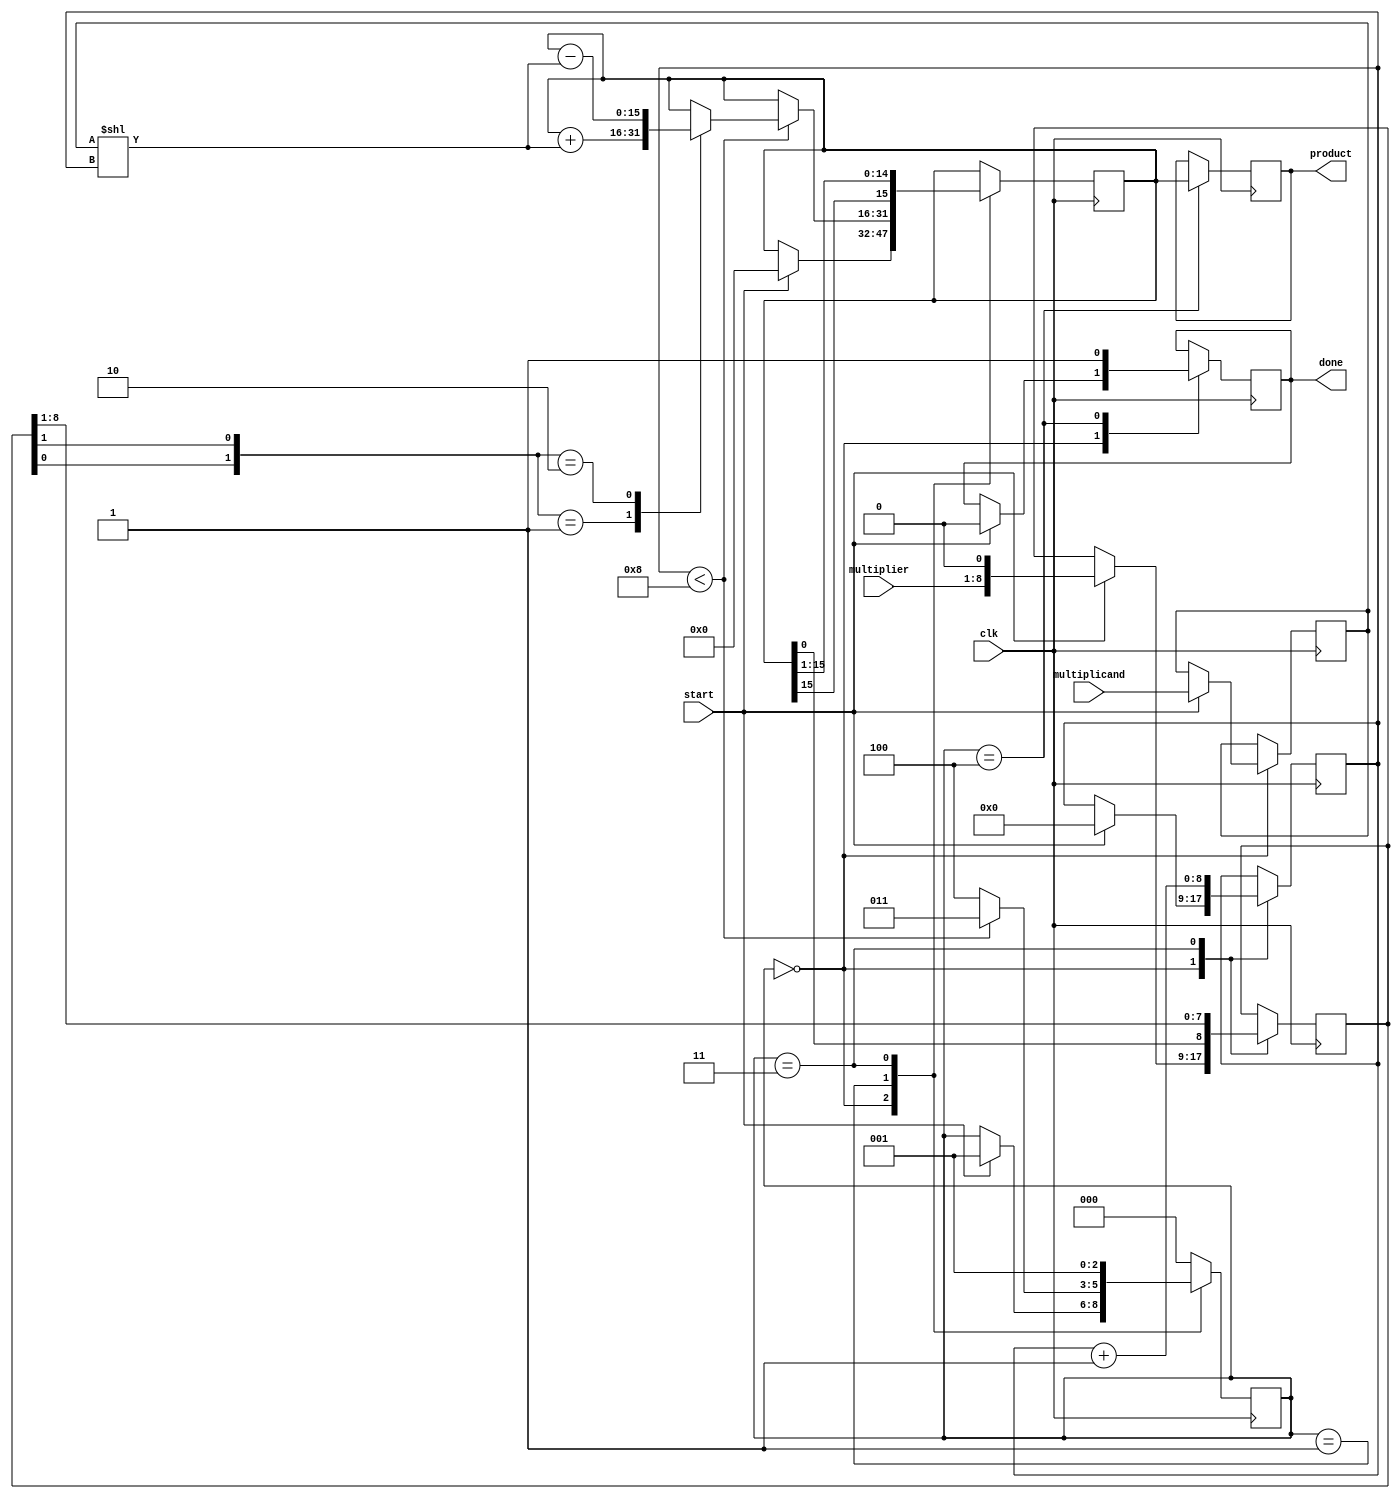
module modified_booth_multiplier (
    input wire signed [N-1:0] multiplicand,
    input wire signed [N-1:0] multiplier,
    output reg signed [2*N-1:0] product,
    input wire clk,
    input wire start,
    output reg done
);
parameter N = 8; // Width of the input numbers

reg signed [N-1:0] A; // Multiplicand
reg signed [N:0] Q;    // Multiplier with an extra bit
reg signed [N:0] M;    // Multiplicand to be added/subtracted
reg signed [2*N-1:0] P; // Partial product accumulator
reg [2:0] state;       // State machine for control
reg [N:0] count;       // Count for iterations

localparam IDLE = 3'b000,
           LOAD = 3'b001,
           EXECUTE = 3'b010,
           SHIFT = 3'b011,
           DONE = 3'b100;

always @(posedge clk) begin
    case (state)
        IDLE: begin
            if (start) begin
                A <= multiplicand;
                Q <= {multiplier, 1'b0}; // Extend multiplier
                M <= multiplicand; // Copy multiplicand
                P <= 0; // Clear product
                count <= 0; // Reset count
                state <= LOAD;
                done <= 0;
            end
        end
        
        LOAD: begin
            if (count < N) begin
                case ({Q[0], Q[1]})
                    2'b00: begin
                        // No operation
                    end
                    2'b01: begin
                        // Add multiplicand
                        P <= P + (A << count);
                    end
                    2'b10: begin
                        // Subtract multiplicand
                        P <= P - (A << count);
                    end
                    2'b11: begin
                        // No operation
                    end
                endcase
                state <= SHIFT;
            end else begin
                state <= DONE; // All bits processed
            end
        end
        
        SHIFT: begin
            // Arithmetic right shift
            Q <= {P[0], Q[N:1]}; // Shift Q and bring down the LSB of P
            P <= P >>> 1; // Shift P (arithmetic shift)
            count <= count + 1; // Increment count
            state <= LOAD; // Go back to load state
        end
        
        DONE: begin
            product <= P; // Output the product
            done <= 1; // Set done flag
            state <= IDLE; // Go back to idle state
        end
        
        default: state <= IDLE; // Safety default
    endcase
end

endmodule